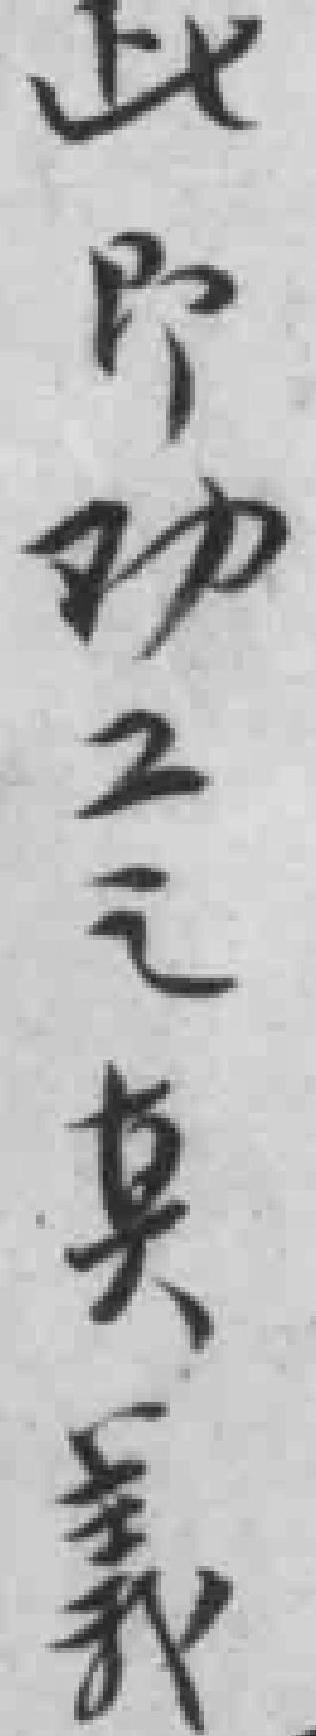
此即劝工之真義